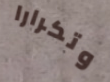
وتكرارا